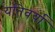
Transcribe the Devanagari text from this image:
यतिवर्या